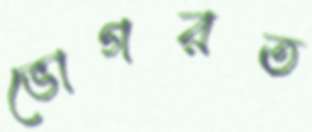
ভোগরত